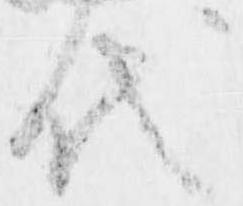
代